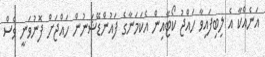
އަނެއްކާ އެ ލިބިފައިވާ ހައްޖު ކޯޓާއިން އެކަމަނާގެ ފައުންޑޭޝަނުން ހައްޖަށް ފޮނުވަނީ ވެސް